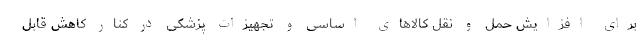
برای افزایش حمل و نقل کالاهای اساسی و تجهیزات پزشکی در کنار کاهش قابل